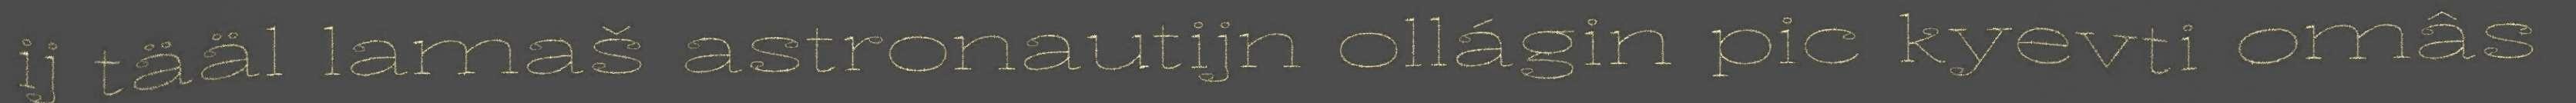
ij tääl lamaš astronautijn ollágin pic kyevti omâs